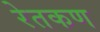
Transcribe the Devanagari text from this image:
रेतकण